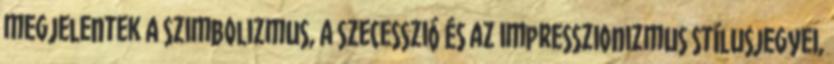
megjelentek a szimbolizmus, a szecesszió és az impresszionizmus stílusjegyei,